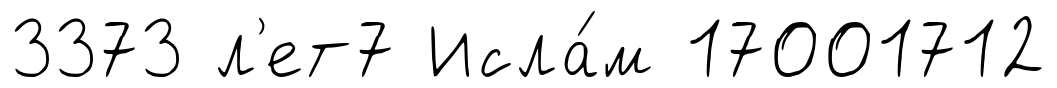
3373 л'ет7 Исла́м 17001712